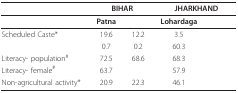
<table><thead><tr><td>[EMPTY_CELL]</td><td colspan="2"><b>BIHAR</b></td><td colspan="2"><b>JHARKHAND</b></td></tr></thead><tbody><tr><td>[EMPTY_CELL]</td><td><b>Patna</b></td><td>[EMPTY_CELL]</td><td><b>Lohardaga</b></td><td>[EMPTY_CELL]</td></tr><tr><td>Scheduled Caste*</td><td>19.6</td><td>12.2</td><td>3.5</td><td>[EMPTY_CELL]</td></tr><tr><td>[EMPTY_CELL]</td><td>0.7</td><td>0.2</td><td>60.3</td><td>[EMPTY_CELL]</td></tr><tr><td>Literacy- population<sup>#</sup></td><td>72.5</td><td>68.6</td><td>68.3</td><td>[EMPTY_CELL]</td></tr><tr><td>Literacy- female<sup>#</sup></td><td>63.7</td><td>[EMPTY_CELL]</td><td>57.9</td><td>[EMPTY_CELL]</td></tr><tr><td>Non-agricultural activity*</td><td>20.9</td><td>22.3</td><td>46.1</td><td>[EMPTY_CELL]</td></tr></tbody></table>